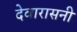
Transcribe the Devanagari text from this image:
देवारासनी